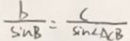
\frac { b } { \sin B } = \frac { C } { \sin \angle A C B }